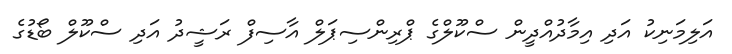
އަލިމަނިކު އަދި އިމާދުއްދީން ސްކޫލްގެ ޕްރިންސިޕަލް އާސިފް ރަޝީދު އަދި ސްކޫލް ބޯޑުގެ